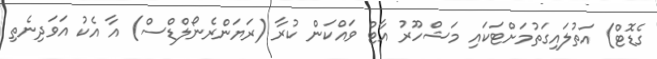
ގެޑޮޓް) އަތުލައިގަތުމަށްޓަކައި މަޝްހޫރު އާޓް ވައްކަން ކުރާ (ރަޔަންރެނޯލްޑްސް) އާ އެކު އަވަދިނެތި